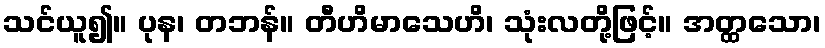
သင်ယူ၍။ ပုန၊ တဘန်။ တီဟိမာသေဟိ၊ သုံးလတို့ဖြင့်။ အတ္ထသော၊